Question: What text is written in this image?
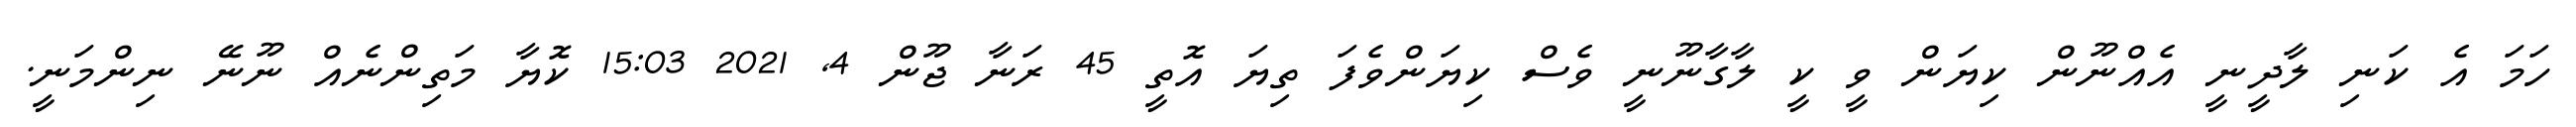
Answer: ހަމަ އެ ކަނި ލާދީނީ އެއްނޫން ކިޔަން ވީ ކީ ލާގާނޫނީ ވެސް ކިޔަންވެފަ ތިޔަ އޮތީ 45 ރަނާ ޖޫން 4, 2021 15:03 ކޮޔާ މަތިންނެއް ނޫނޭ ނިންމަނީ.